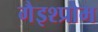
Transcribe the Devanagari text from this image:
गैइश्प्रोम